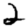
Digit: 2